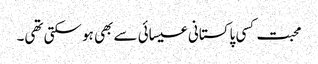
محبت کسی پاکستانی عیسائی سے بھی ہو سکتی تھی۔